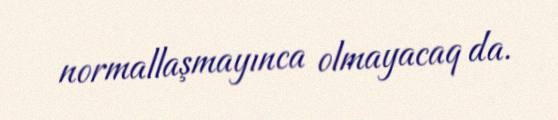
normallaşmayınca olmayacaq da.